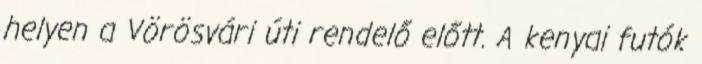
helyen a Vörösvári úti rendelő előtt. A kenyai futók